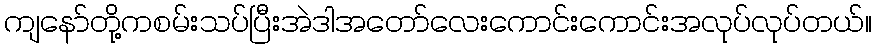
ကျနော်တို့ကစမ်းသပ်ပြီးအဲဒါအတော်လေးကောင်းကောင်းအလုပ်လုပ်တယ်။